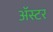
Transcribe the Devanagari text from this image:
ॲस्टर